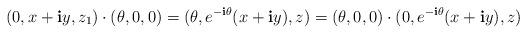
LaTeX: \begin{align*}(0,x+\mathbf{i}y,z_1) \cdot (\theta,0,0)= (\theta, e^{-\mathbf{i}\theta} (x+\mathbf{i}y) , z )=(\theta,0,0)\cdot(0,e^{-\mathbf{i}\theta} (x+\mathbf{i}y),z)\end{align*}